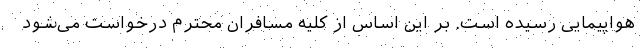
هواپیمایی رسیده است. بر این اساس از کلیه مسافران محترم درخواست می‌شود